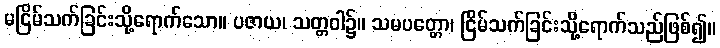
မငြိမ်သက်ခြင်းသို့ရောက်သော။ ပဇာယ၊ သတ္တဝါ၌။ သမပတ္တော၊ ငြိမ်သက်ခြင်းသို့ရောက်သည်ဖြစ်၍။